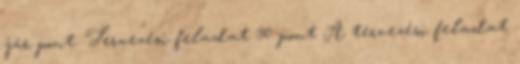
jár pont. Tervezési feladat 30 pont A tervezési feladat